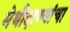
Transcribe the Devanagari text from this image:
मेथीदाण्यांचा